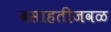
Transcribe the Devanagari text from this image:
वसाहतीजवळ